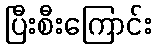
ပြီးစီးကြောင်း